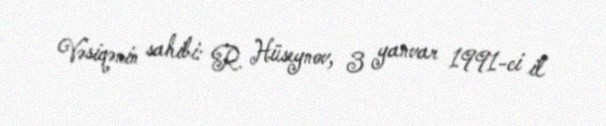
Vəsiqənin sahibi: R. Hüseynov, 3 yanvar 1991-ci il